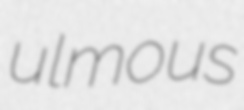
ulmous